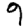
Digit: 9